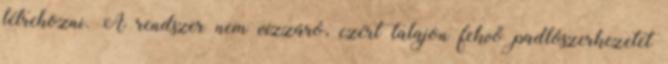
létrehozni. A rendszer nem vízzáró, ezért talajon fekvő padlószerkezetet